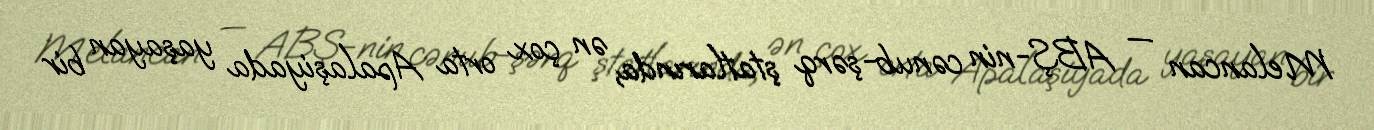
Melancan — ABŞ-nin cənub-şərq ştatlarında, ən çox orta Apalaşiyada yaşayan bir